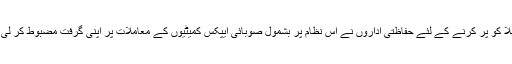
اس خلا کو پر کرنے کے لئے حفاظتی اداروں نے اس نظام پر بشمول صوبائی ایپکس کمیٹیوں کے معاملات پر اپنی گرفت مضبوط کر لی ہے ۔